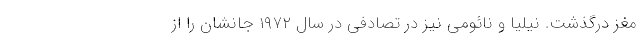
مغز درگذشت. نیلیا و نائومی نیز در تصادفی در سال ۱۹۷۲ جانشان را از